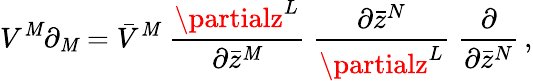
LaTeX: V^{\mathit{M}}\partial_{\mathit{M}}=\bar{{V}}^{\mathit{M}}\; \frac{{\partialz^{L}}}{{\partial\bar{{z}}^{\mathit{M}}}}\; \frac{{\partial\bar{{z}}^{N}}}{{\partialz^{L}}}\; \frac{{\partial}}{{\partial\bar{{z}}^{N}}}\, ,